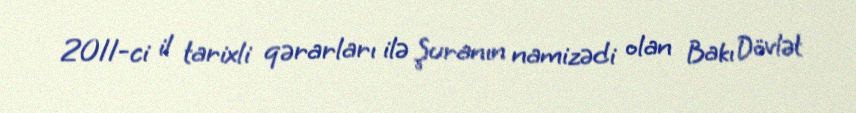
2011-ci il tarixli qərarları ilə Şuranın namizədi olan Bakı Dövlət